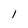
Character: l